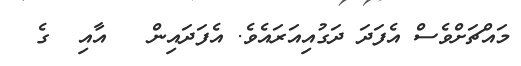
މައްޗަށްވެސް އެފަދަ ދަގުއިއަރައެވެ. އެފަދައިން   އާއި  ގެ